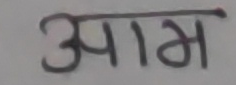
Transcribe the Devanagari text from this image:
आग